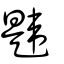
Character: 韙